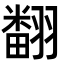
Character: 𮋒